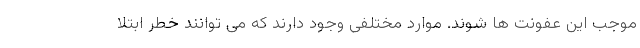
موجب این عفونت ها شوند. موارد مختلفی وجود دارند که می توانند خطر ابتلا